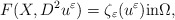
\begin{align*} F(X, D^2 u^{\varepsilon}) = \zeta_{\varepsilon}(u^{\varepsilon}) \mbox{in} \Omega,\end{align*}